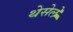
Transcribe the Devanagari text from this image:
थेसेले